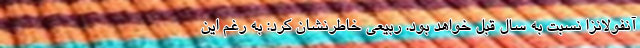
آنفولانزا نسبت به سال قبل خواهد بود. ربیعی خاطرنشان کرد: به رغم این